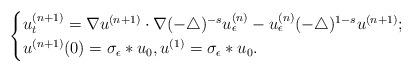
LaTeX: \begin{align*}\begin{cases} u_t^{(n+1)}=\nabla u^{(n+1)} \cdot \nabla(-\triangle)^{-s}u_{\epsilon}^{(n)}-u_{\epsilon}^{(n)}(-\triangle)^{1-s}u^{(n+1)}; \\ u^{(n+1)}(0)=\sigma_{\epsilon}*u_0,u^{(1)}=\sigma_{\epsilon}*u_0.\end{cases}\end{align*}